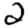
Digit: 2